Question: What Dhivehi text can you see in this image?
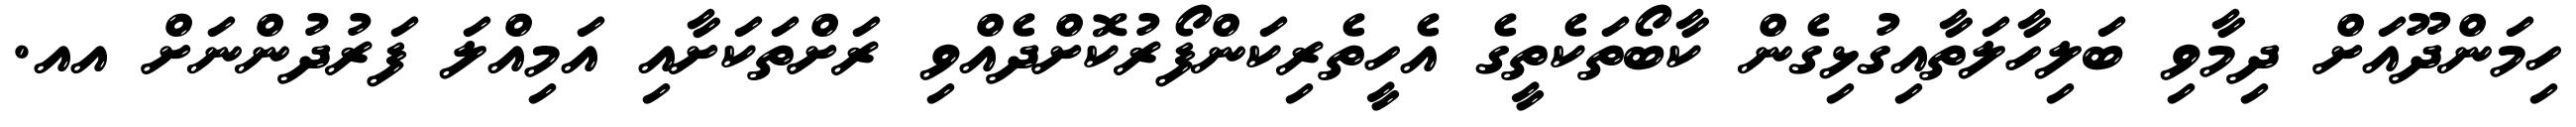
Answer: ހިމަންދޫއަށް ދިމާވި ބަލިހާލަތާއިގުޅިގެން ކާބޯތަކެތީގެ އެހީތެރިކަންފޯރުކޮށްދެއްވި ރަށްތަކަށާއި އަމިއްލަ ފަރުދުންނަށް އއ.